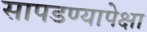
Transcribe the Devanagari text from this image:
सापडण्यापेक्षा